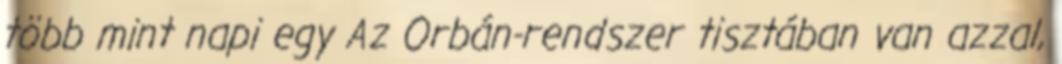
több mint napi egy Az Orbán-rendszer tisztában van azzal,